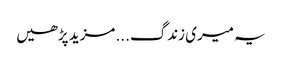
یہ میری زندگ... مزید پڑھیں